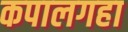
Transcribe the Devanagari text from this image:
कपालगहा